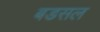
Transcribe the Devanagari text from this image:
बडसल